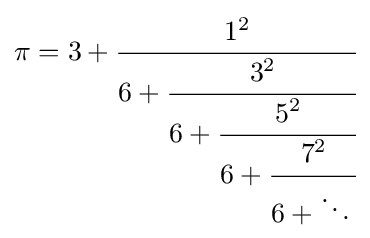
\pi ={3+{\cfrac {1^{2}}{6+{\cfrac {3^{2}}{6+{\cfrac {5^{2}}{6+{\cfrac {7^{2}}{6+\ddots \,}}}}}}}}}